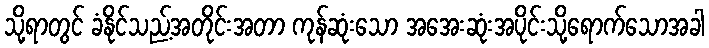
သို့ရာတွင် ခံနိုင်သည့်အတိုင်းအတာ ကုန်ဆုံးသော အအေးဆုံးအပိုင်းသို့ရောက်သောအခါ